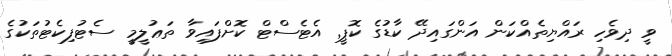
ވީ ދިވެހި ރައްޔިތެއްކަން އަންގައިދޭ ކާޑުގެ ކޮޕީ